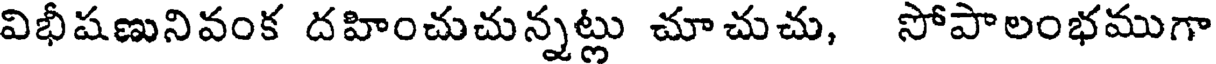
విభీషణునివంక దహించుచున్నట్లు చూచుచు, సోపాలంభముగా